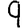
Digit: 9